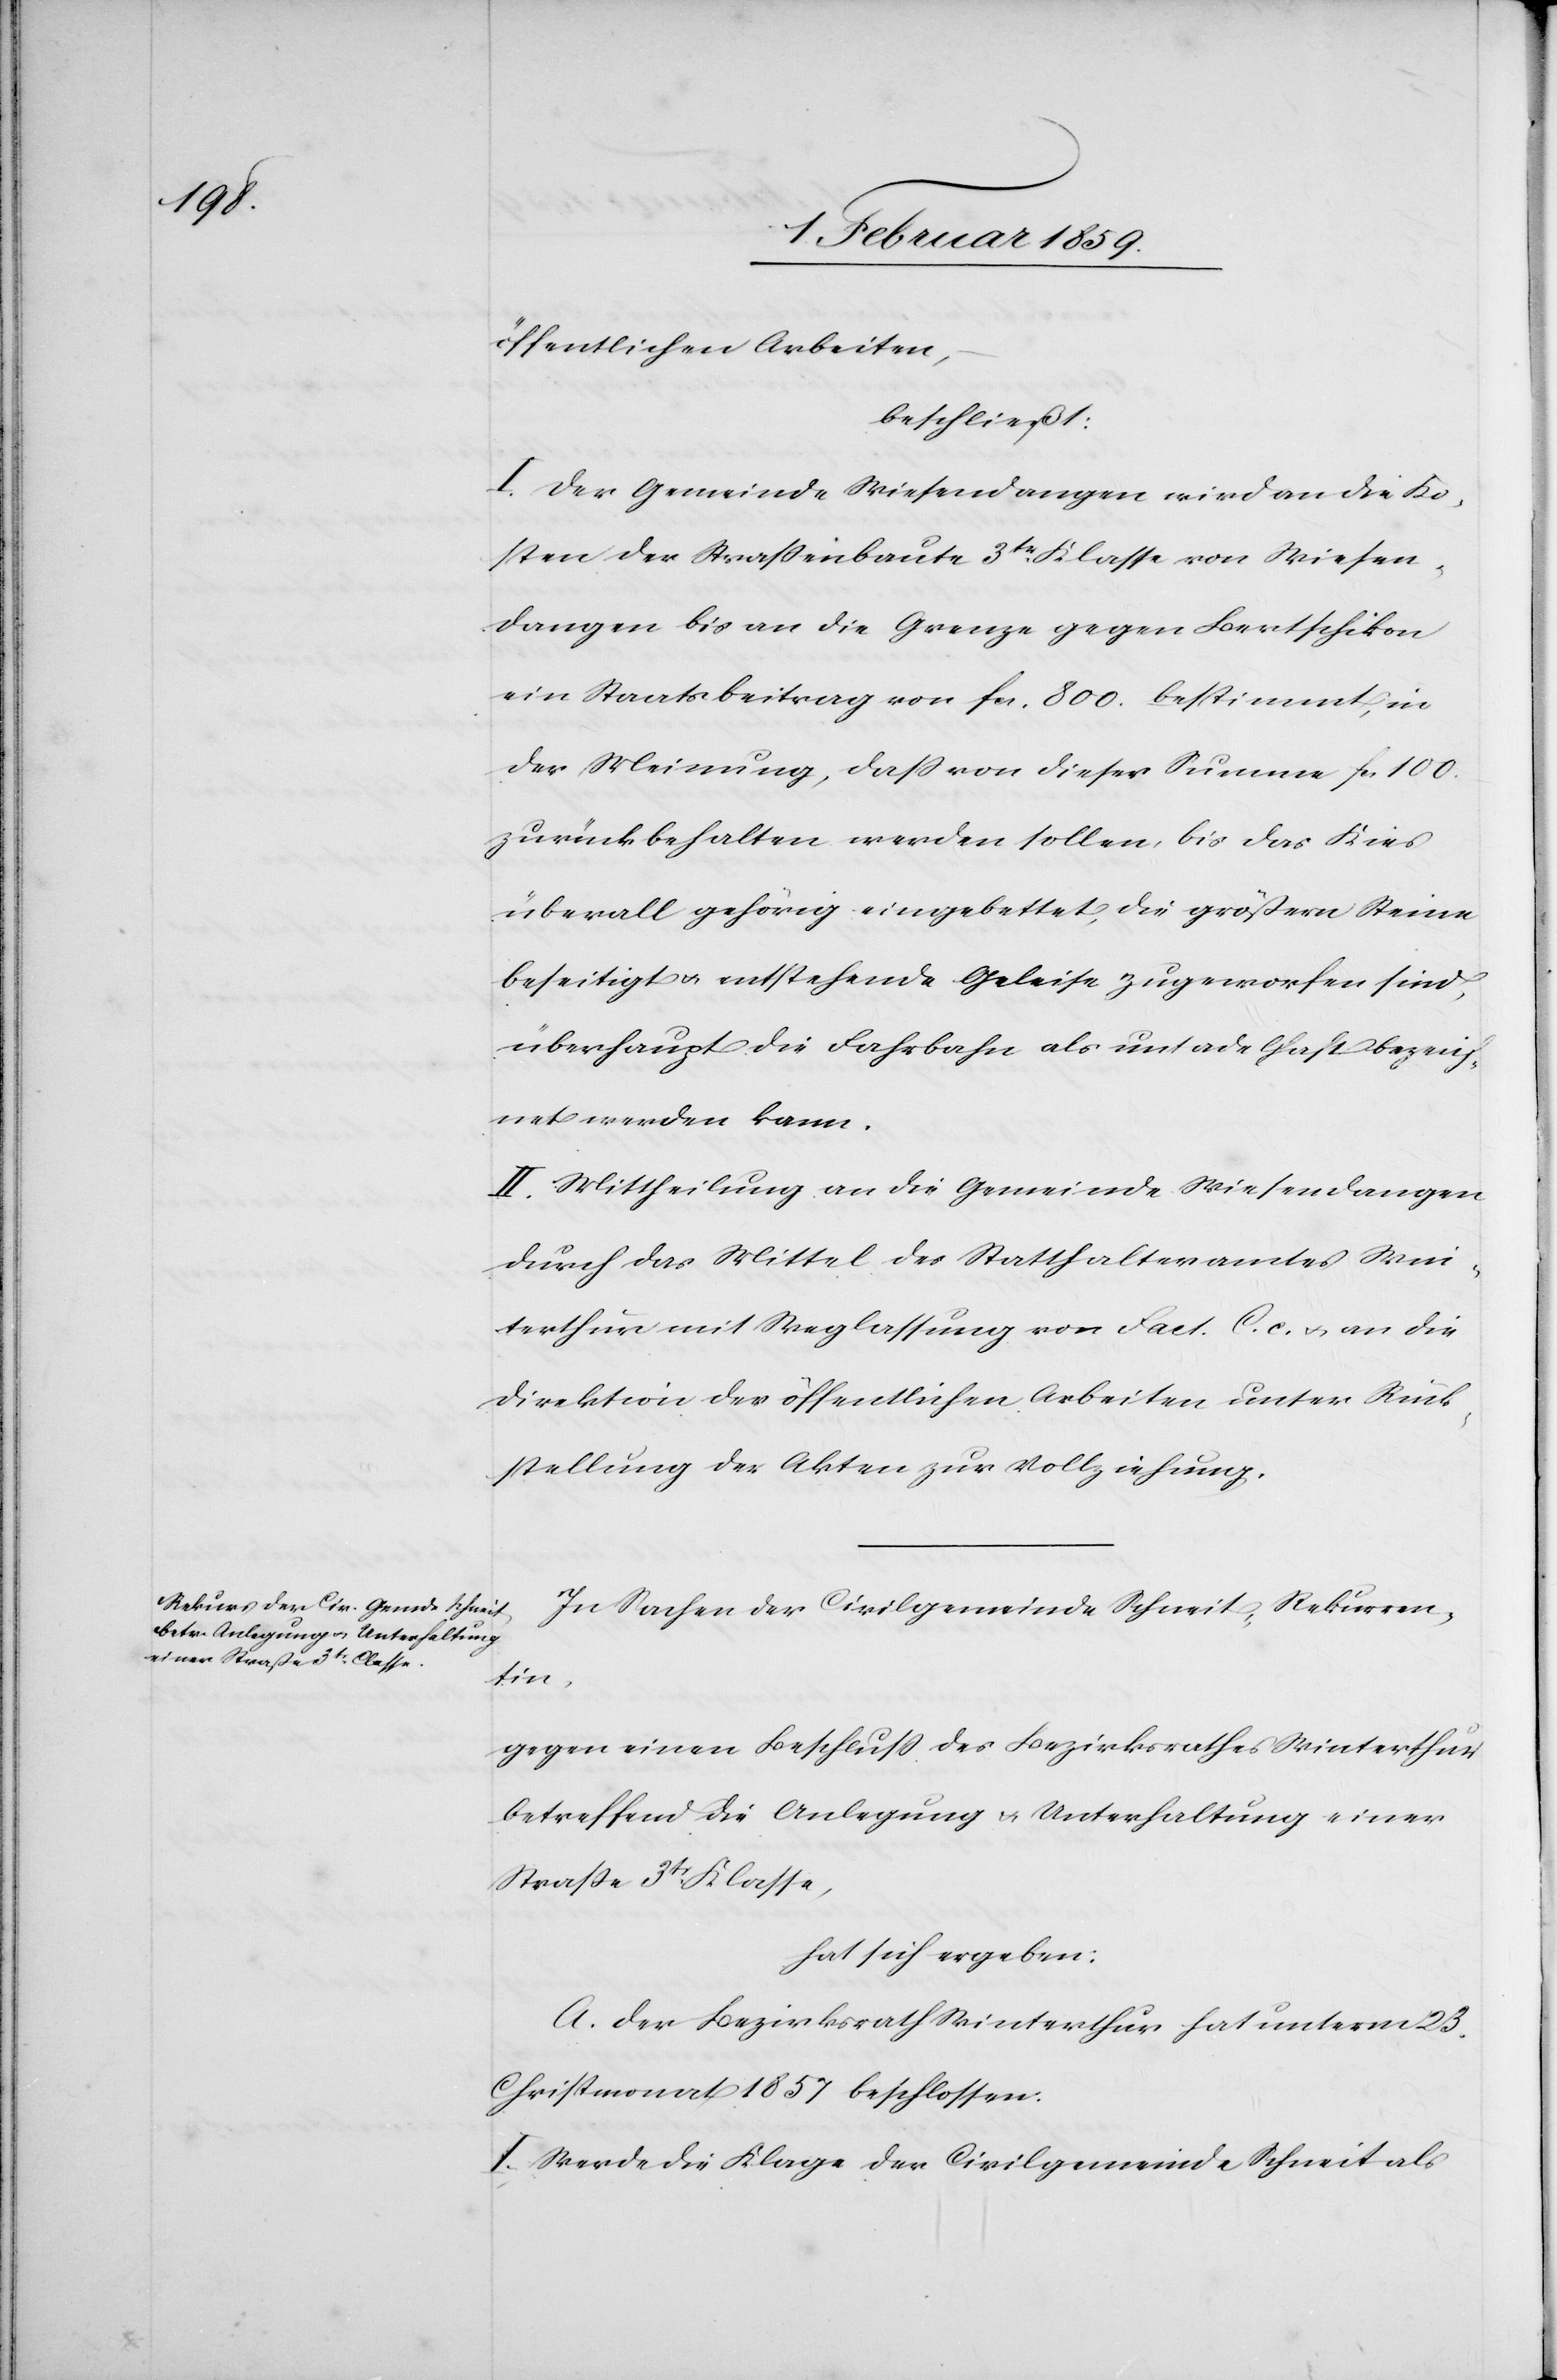
öffentlichen Arbeiten,
beschließt:
I. Der Gemeinde Wiesendangen wird an die Ko¬
sten der Straßenbaute 3tr. Klasse von Wiesen¬
dangen bis an die Grenze gegen Bertschikon
ein Staatsbeitrag von fcs. 800. bestimmt, in
der Meinung, daß von dieser Summe fcs 100.
zurückbehalten werden sollen, bis das Kies
überall gehörig eingebettet, die größern Steine
beseitigt u. entstehende Geleise zugeworfen sind,
überhaupt die Fahrbahn als untadelhaft bezeich¬
net werden kann.
II Mittheilung an die Gemeinde Wiesendangen
durch das Mittel des Statthalteramtes Win¬
terthur mit Weglassung von Fact. C. c. u. an die
Direktion der öffentlichen Arbeiten unter Rück¬
stellung der Akten zur Vollziehung.
In Sachen der Civilgemeinde Schneit, Rekurren¬
tin,
gegen einen Beschluß des Bezirksrathes Winterthur
betreffend die Anlegung u. Unterhaltung einer
Straße 3tr. Klasse,
hat sich ergeben:
A. Der Bezirksrath Winterthur hat unterm 23.
Christmonat 1857 beschlossen:
I. Werde die Klage der Civilgemeinde Schneit als